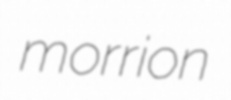
morrion